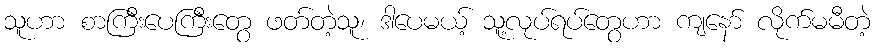
သူဟာ စာကြီးပေကြီးတွေ ဖတ်တဲ့သူ၊ ဒါပေမယ့် သူ့လုပ်ရပ်တွေဟာ ကျနော် လိုက်မမီတဲ့